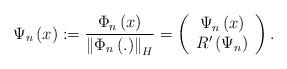
LaTeX: \begin{align*}\Psi _{n}\left( x\right) :=\frac{\Phi _{n}\left( x\right) }{\left\Vert \Phi_{n}\left( .\right) \right\Vert _{H}}=\left( \begin{array}{c}\Psi _{n}\left( x\right) \\ R^{\prime }\left( \Psi _{n}\right)\end{array}\right) . \end{align*}